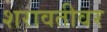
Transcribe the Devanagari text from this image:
शरावतीवर